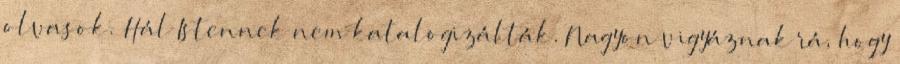
olvasok. Hál Istennek nem katalogizálták. Nagyon vigyáznak rá, hogy